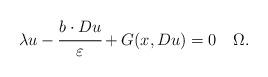
LaTeX: \begin{align*} \lambda u - \cfrac{b \cdot Du}{\varepsilon} + G(x, Du) = 0 \ \ \ \Omega. \end{align*}